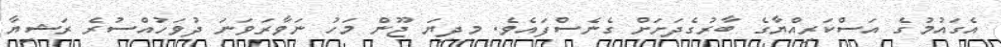
އެގައުމުގެ އަސްކަރިއްޔާގެ ބާާރުގެދަށަށް ގެނެސްފައެވެ. މިދިޔަ ޖޫން މަހު ނަވާރަވަނަ ދުވަހުއްސުރެ ރަޝިޔާ